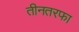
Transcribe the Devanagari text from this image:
तीनतरफा